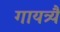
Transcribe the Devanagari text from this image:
गायत्र्यै